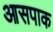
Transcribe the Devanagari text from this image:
आसपाक